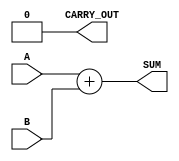
module ParameterizedAdder #(parameter WIDTH = 8) (
    input  [WIDTH-1:0] A,      // Input A
    input  [WIDTH-1:0] B,      // Input B
    output [WIDTH-1:0] SUM,     // Output SUM
    output CARRY_OUT            // Carry out (optional)
);

// Behavioral description of the adder
assign SUM = A + B;           // Perform addition
assign CARRY_OUT = (A + B) >> WIDTH; // Carry out signal

endmodule